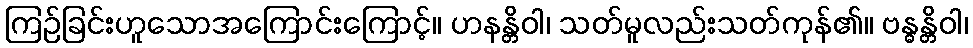
ကြဉ်ခြင်းဟူသောအကြောင်းကြောင့်။ ဟနန္တိဝါ၊ သတ်မူလည်းသတ်ကုန်၏။ ဗန္ဓန္တိဝါ၊